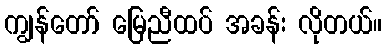
ကျွန်တော် မြေညီထပ် အခန်း လိုတယ်။